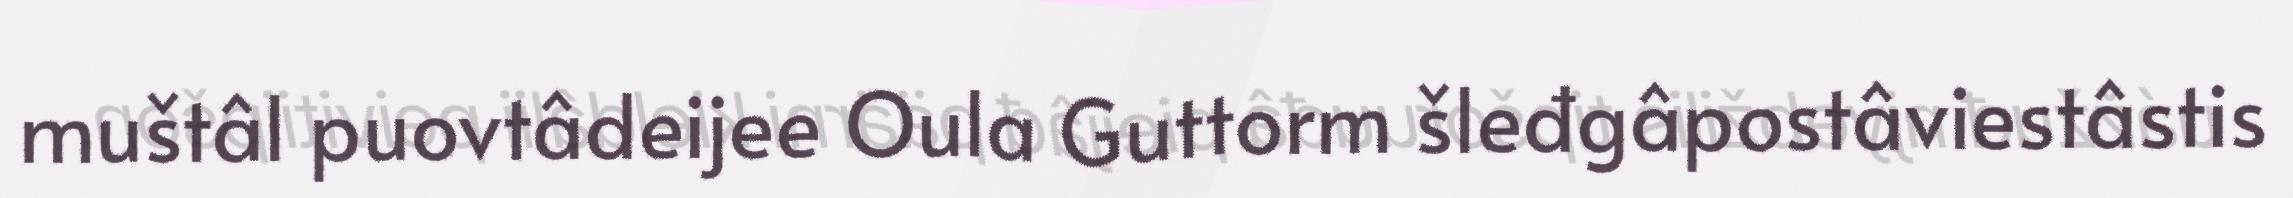
muštâl puovtâdeijee Oula Guttorm šleđgâpostâviestâstis